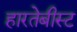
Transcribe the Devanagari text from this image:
हारतेबीस्ट